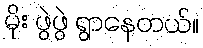
မိုး ဖွဲဖွဲ ရွာနေတယ်။